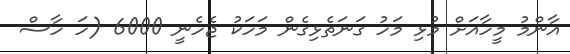
އާންމު މީހާއަށް މުޅި މަހު ގަނަތެޅިގެން މަހަކު ޖެހެނީ 6000 (ހަ ހާސް